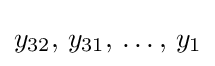
y_{32},\,y_{31},\,\dots ,\,y_{1}